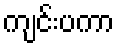
ကျင်းပကာ